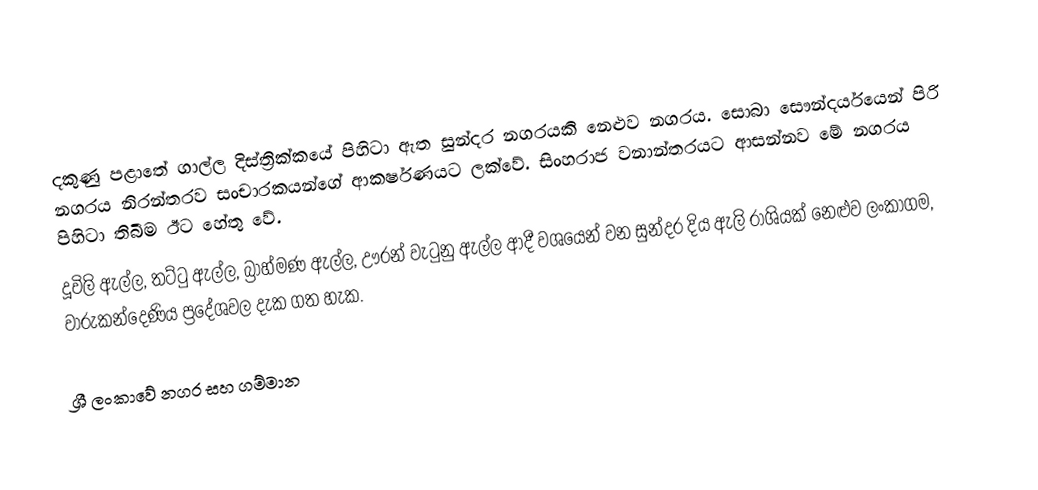
දකුණු පළාතේ ගාල්ල දිස්ත්‍රික්කයේ පිහිටා ඇත සුන්දර නගරයකි නෙළුව නගරය. සොබා සෞන්දර්යයෙන් පිරි නගරය නිරන්තරව සංචාරකයන්ගේ ආකර්ෂණයට ලක්වේ. සිංහරාජ වනාන්තරයට ආසන්නව මේ නගරය පිහිටා තිබීම ඊට හේතු වේ.
දූවිලි ඇල්ල, තට්ටු ඇල්ල, බ්‍රාහ්මණ ඇල්ල, ඌරන් වැටුනු ඇල්ල ආදී වශයෙන් වන සුන්දර දිය ඇලි රාශියක් නෙළුව ලංකාගම, වාරුකන්දෙණිය ප්‍රදේශවල දැක ගත හැක.

ශ්‍රී ලංකාවේ නගර සහ ගම්මාන